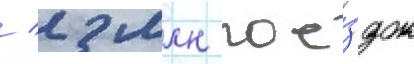
/ 2 млн пое́здок